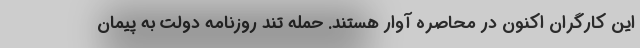
این کارگران اکنون در محاصره آوار هستند. حمله تند روزنامه دولت به پیمان